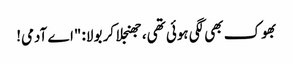
بھوک بھی لگی ہوئی تھی، جھنجلا کر بولا: "اے آدمی!